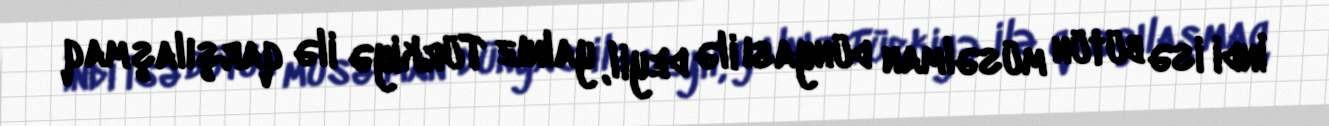
İndi isə bütün müsəlman dünyası ilə deyil, yalnız Türkiyə ilə qarşılaşmaq